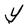
Character: Y